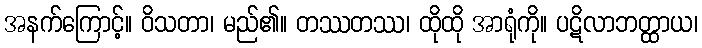
အနက်ကြောင့်။ ဝိသတာ၊ မည်၏။ တဿတဿ၊ ထိုထို အာရုံကို။ ပဋိလာဘတ္ထာယ၊